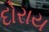
દોરાય